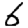
Digit: 6